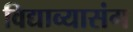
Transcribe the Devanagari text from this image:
विद्याव्यासंग